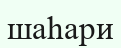
шаһари